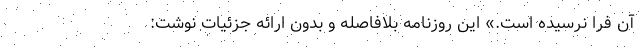
آن فرا نرسیده است.» این روزنامه بلافاصله و بدون ارائه جزئیات نوشت: